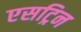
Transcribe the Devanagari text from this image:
एसट्रिन